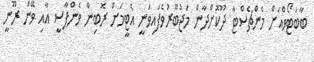
ބާބަޓޯވްއަށް މެންޗެސްޓާ ދޫކޮށްދާން މަޖުބޫރުވެފައިވަނީ އެޓީމަށް ރޮބިން ވެންޕާސީ އާއި ވޭން ރޫނީ